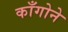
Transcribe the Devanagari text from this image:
काँगोने